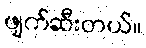
ဖျက်ဆီးတယ်။